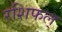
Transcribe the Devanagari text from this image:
रशिफल्